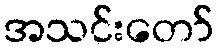
အသင်းတော်